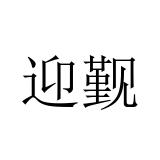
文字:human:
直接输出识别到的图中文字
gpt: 迎觐